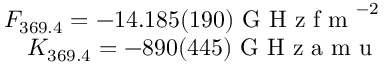
\begin{array} { r } { F _ { 3 6 9 . 4 } = - 1 4 . 1 8 5 ( 1 9 0 ) \mathrm { ~ G ~ H ~ z ~ f ~ m ~ } ^ { - 2 } } \\ { K _ { 3 6 9 . 4 } = - 8 9 0 ( 4 4 5 ) \mathrm { ~ G ~ H ~ z ~ a ~ m ~ u ~ } } \end{array}